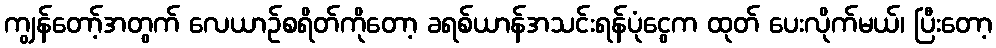
ကျွန်တော့်အတွက် လေယာဉ်စရိတ်ကိုတော့ ခရစ်ယာန်အသင်းရန်ပုံငွေက ထုတ် ပေးလိုက်မယ်၊ ပြီးတော့